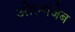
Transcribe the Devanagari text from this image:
ओरन्गजेब